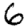
Digit: 6